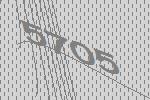
5705